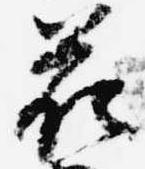
花